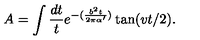
A = \int \frac { d t } { t } e ^ { - ( \frac { b ^ { 2 } t } { 2 \pi \alpha ^ { \prime } } ) } \tan ( v t / 2 ) .